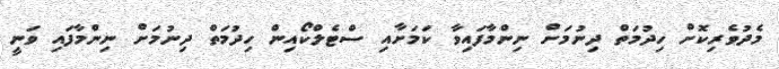
މެދުވެރިކޮށް ހިދުމަތް ދިނުމަށް ނިންމާފައިވާ ކަމަށާއި ސްޓެލްކޯއިން ހިދުމަތް ދިނުމަށް ނިންމާފައި ވަނީ